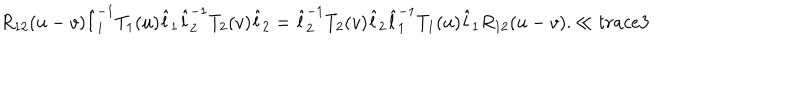
LaTeX: R _ { 1 2 } ( u - v ) \hat { l } _ { 1 } ^ { - 1 } T _ { 1 } ( u ) \hat { l } _ { 1 } \hat { l } _ { 2 } ^ { - 1 } T _ { 2 } ( v ) \hat { l } _ { 2 } = \hat { l } _ { 2 } ^ { - 1 } T _ { 2 } ( v ) \hat { l } _ { 2 } \hat { l } _ { 1 } ^ { - 1 } T _ { 1 } ( u ) \hat { l } _ { 1 } R _ { 1 2 } ( u - v ) . \ll { t r a c e 3 }